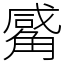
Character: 觱